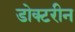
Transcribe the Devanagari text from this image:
डोक्टरीन